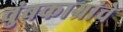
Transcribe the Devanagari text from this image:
चुंबकाग्रांचे